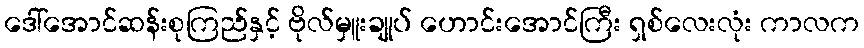
ဒေါ်အောင်ဆန်းစုကြည်နှင့် ဗိုလ်မှူးချုပ် ဟောင်းအောင်ကြီး ရှစ်လေးလုံး ကာလက